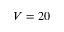
V = 2 0